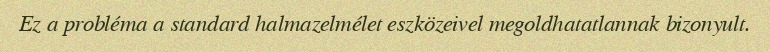
Ez a probléma a standard halmazelmélet eszközeivel megoldhatatlannak bizonyult.